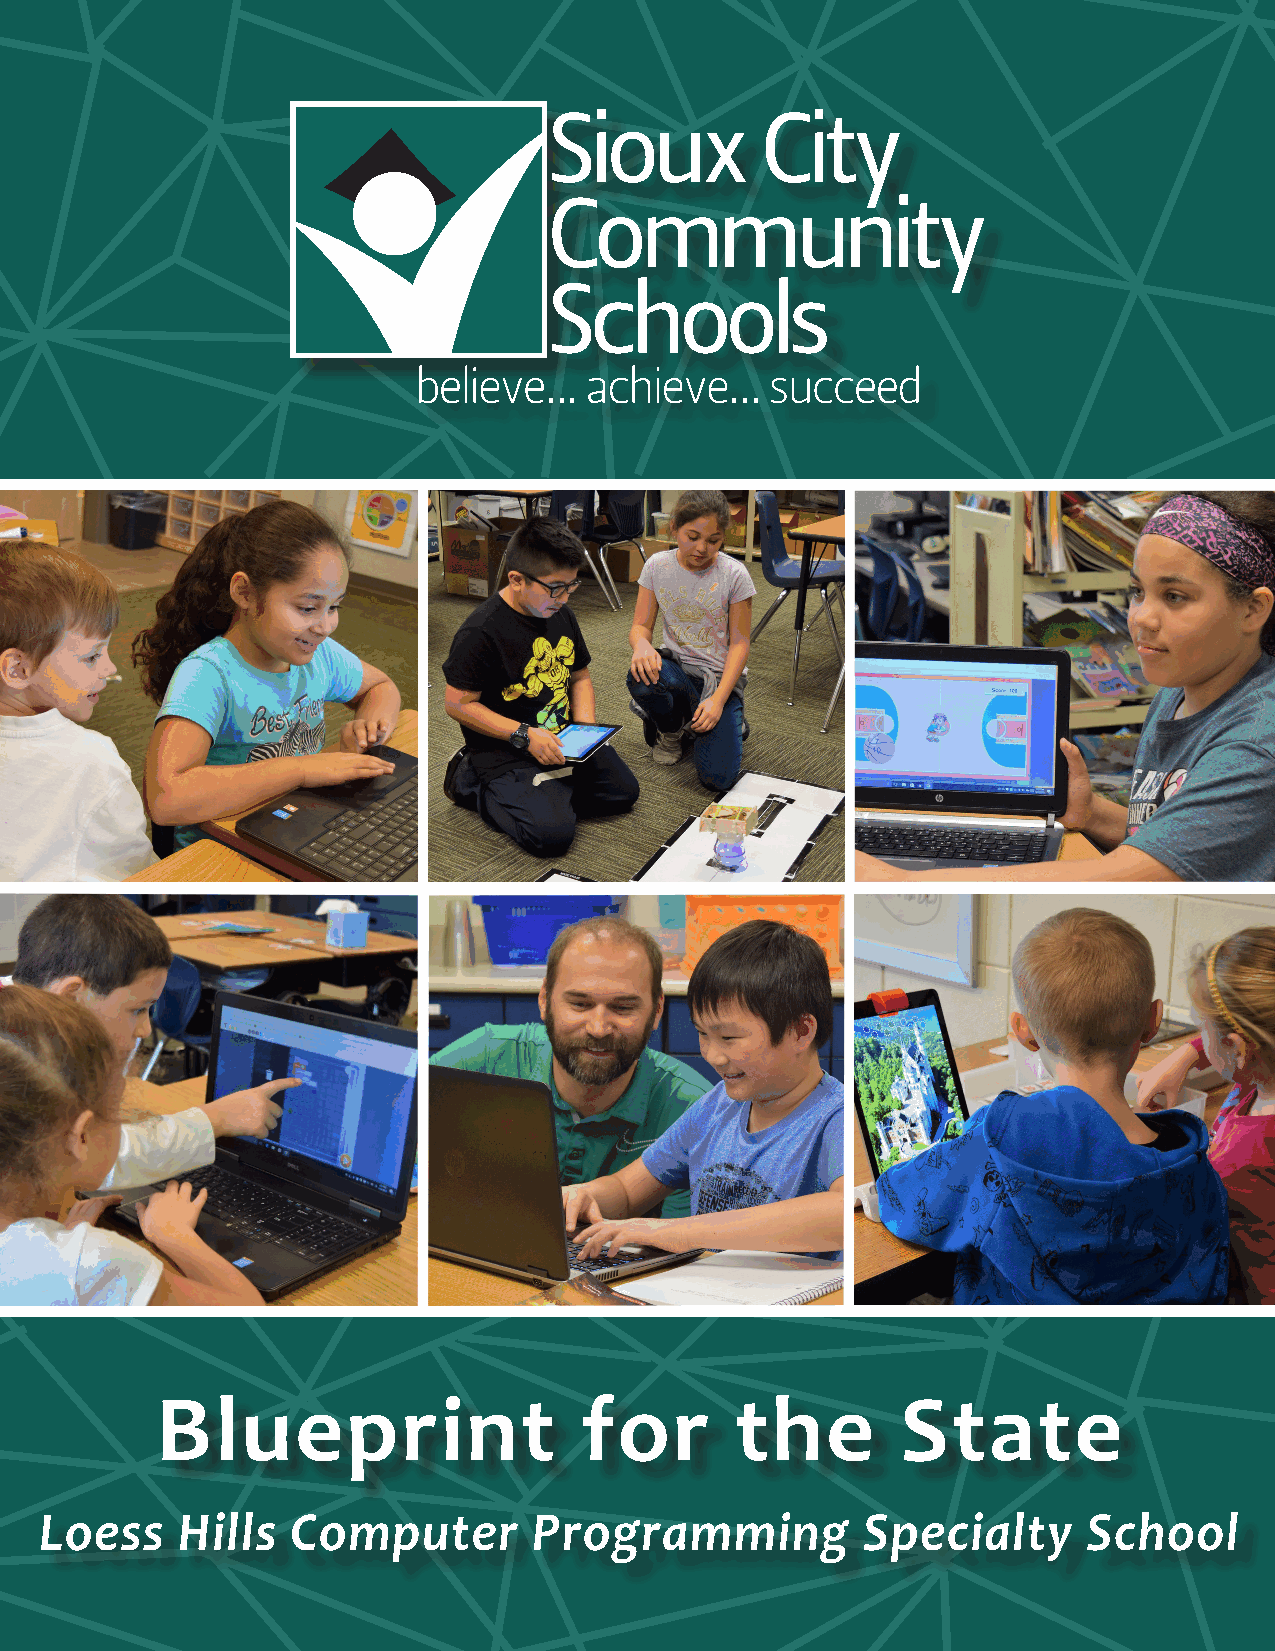
Blueprint                   for        the        State
 Loess    Hills  Computer        Programming           Specialty      School